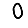
Digit: 0